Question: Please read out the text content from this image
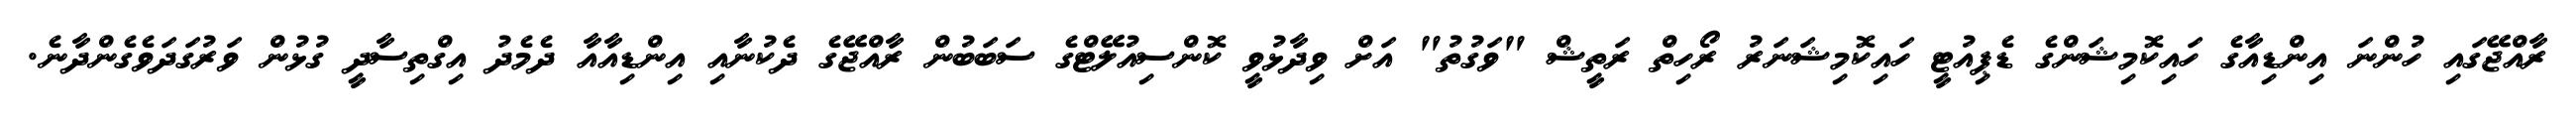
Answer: ރާއްޖޭގައި ހުންނަ އިންޑިއާގެ ހައިކޮމިޝަންގެ ޑެޕިއުޓީ ހައިކޮމިޝަނަރު ރޯހިތް ރަތީޝް "ވަގުތު" އަށް ވިދާޅުވީ ކޮންސިއުލޭޓްގެ ސަބަބުން ރާއްޖޭގެ ދެކުނާއި އިންޑިއާއާ ދެމެދު އިގްތިސާދީ ގުޅުން ވަރުގަދަވެގެންދާނެ.